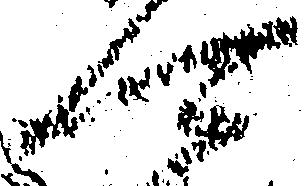
可